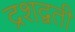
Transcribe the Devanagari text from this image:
द्रशद्वती